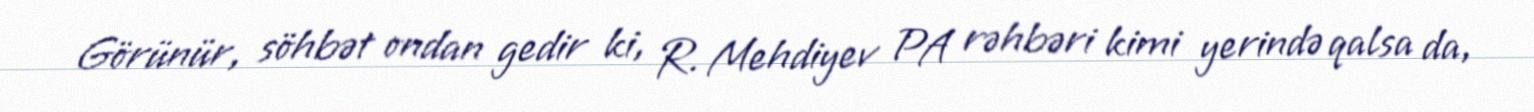
Görünür, söhbət ondan gedir ki, R. Mehdiyev PA rəhbəri kimi yerində qalsa da,